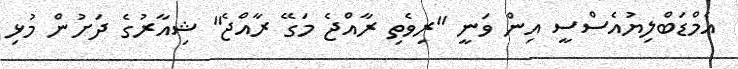
އެމްޑަބްލިޔުއެސްސީ އިން ވަނީ "ރިވެތި ރާއްޖެ މަގޭ ރާއްޖެ" ޝިއާރުގެ ދަށުން މުޅި